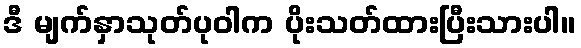
ဒီ မျက်နှာသုတ်ပုဝါက ပိုးသတ်ထားပြီးသားပါ။